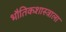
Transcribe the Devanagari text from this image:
भौतिकशास्त्राला